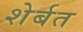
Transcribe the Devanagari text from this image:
शेर्बत